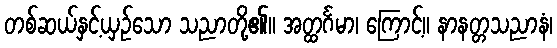
တစ်ဆယ်နှင့်ယှဉ်သော သညာတို့၏။ အတ္ထင်္ဂမာ၊ ကြောင့်။ နာနတ္တသညာနံ၊